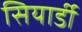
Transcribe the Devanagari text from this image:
सियार्डी